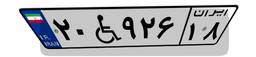
۲۰W۹۲۶۱۸